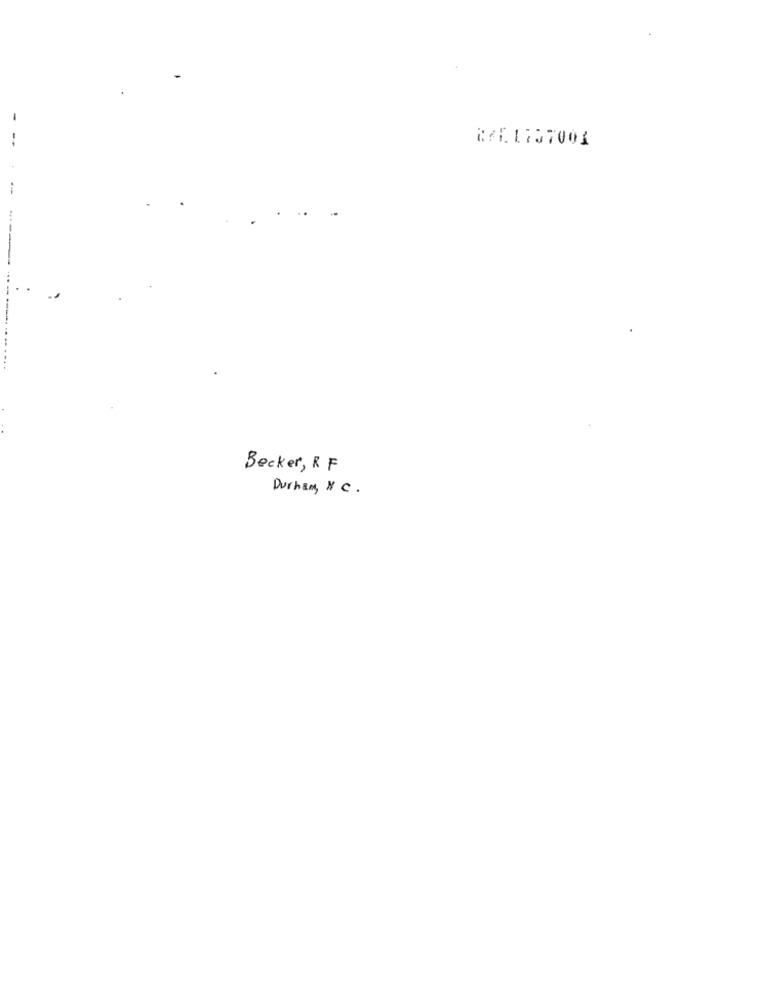
RAE1707001
Becker, RF
Durham, N C.